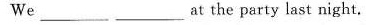
We___at the party last night.